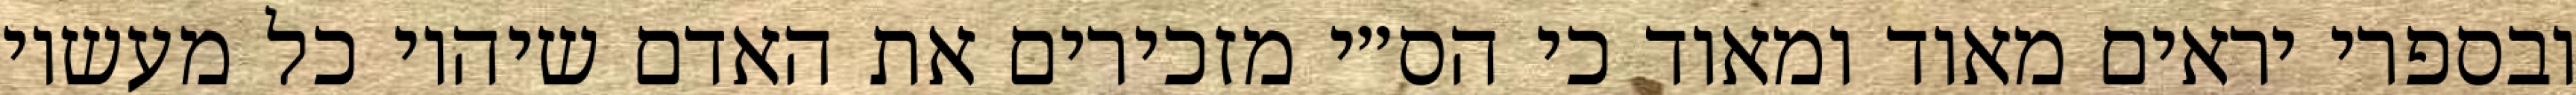
ובספרי יראים מאוד ומאוד כי הס״י מזכירים את האדם שיהיו כל מעשיו